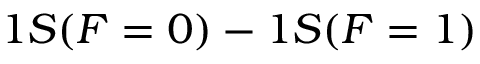
1 S ( F = 0 ) - 1 S ( F = 1 )